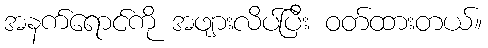
အနက်ရောင်ကို အဖျားလိပ်ပြီး ဝတ်ထားတယ်။